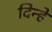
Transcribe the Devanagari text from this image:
दिन्हें